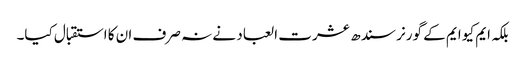
بلکہ ایم کیو ایم کے گورنر سندھ عشرت العباد نے نہ صرف ان کا استقبال کیا۔